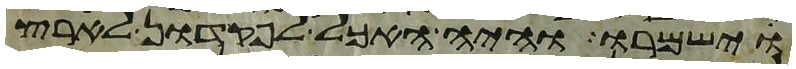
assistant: וישמרו והיה האכל לפקדון לארץ